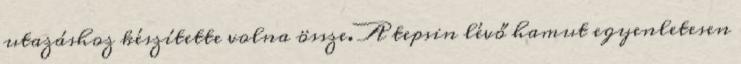
utazáshoz készítette volna össze. A tepsin lévő hamut egyenletesen